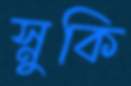
স্নুকি